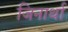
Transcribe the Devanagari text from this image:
जिनार्था